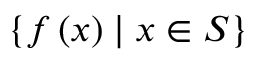
\left\{ f \left( x \right) \mid x \in S \right\}